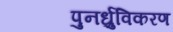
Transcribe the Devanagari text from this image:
पुनर्ध्रुविकरण